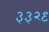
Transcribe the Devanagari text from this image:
३३२९